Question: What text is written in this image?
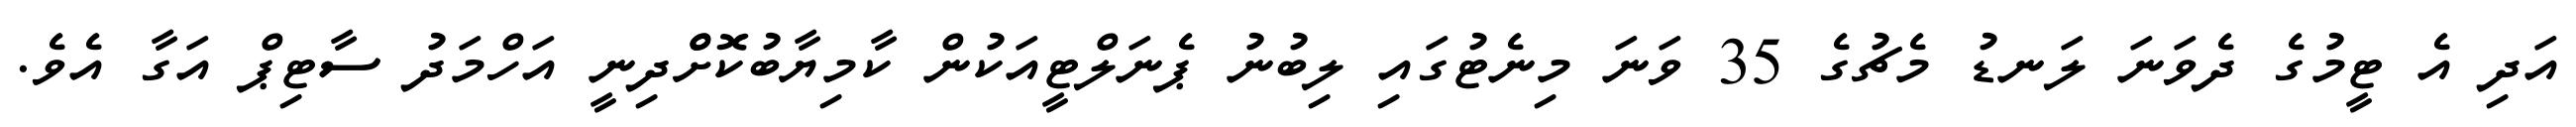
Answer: އަދި އެ ޓީމުގެ ދެވަނަ ލަނޑު މެޗުގެ 35 ވަނަ މިނެޓުގައި ލިބުނު ޕެނަލްޓީއަކުން ކާމިޔާބުކޮށްްދިނީ އަހްމަދު ސާޓިޕް އަގާ އެވެ.